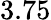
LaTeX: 3.75